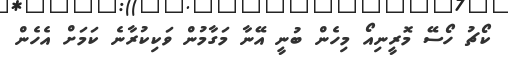
ކޯޗު ހޯސޭ މޮރީނިއޯ މިހެން ބުނީ އޭނާ މަގާމުން ވަކިކުރާނެ ކަމަށް އެހެން